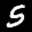
Label: 5